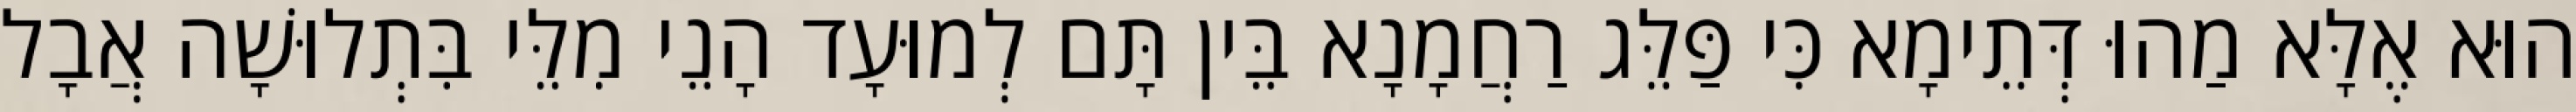
הוּא אֶלָּא מַהוּ דְּתֵימָא כִּי פַּלֵּג רַחֲמָנָא בֵּין תָּם לְמוּעָד הָנֵי מִלֵּי בִּתְלוּשָׁה אֲבָל